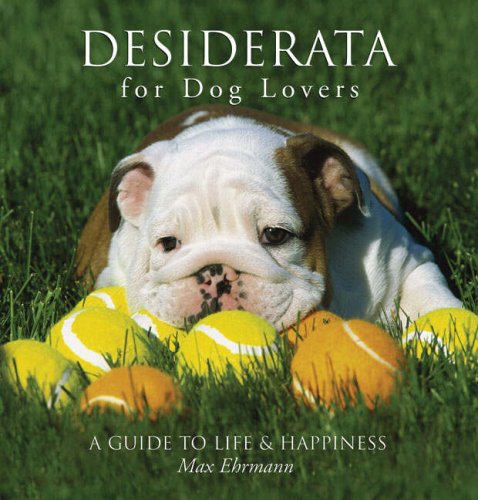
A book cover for Desiderata for Dog Lovers: A Guide to Life & Happiness; Max Ehrmann; Travel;